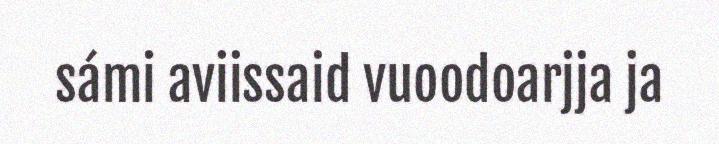
sámi aviissaid vuoodoarjja ja